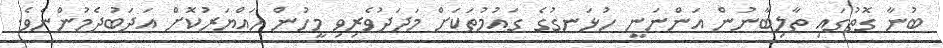
ބުނާ ގޮތުގައި ތާލިބާނުން އަންނަނީ ހުޅަނގުގެ ގައުމުތަކަށް މަދަދުވެރިވި މީހުން ހައްޔަރުކޮށް އަދަބުދެމުންނެވެ.